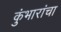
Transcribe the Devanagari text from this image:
कुंभारांचा